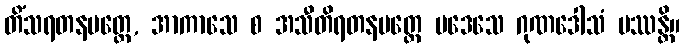
တိံသရတနမတ္တေ, အာကာသေ စ အသီတိရတနမတ္တေ ပဒေသေ ဂုဏဒေါသံ ပဿန္တိ။